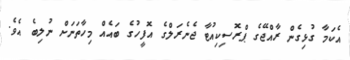
އެކަމާ ގުޅިގެން ރާއްޖޭގެ ޕްރޮސިކިއުޓާ ޖެނެރަލްގެ އޮފީހުގެ ބައެއް މިހާތަނަށް ނުލިބެ އެވެ.